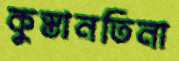
কুস্তানতিনা